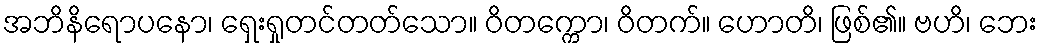
အဘိနိရောပနော၊ ရှေးရှုတင်တတ်သော။ ဝိတက္ကော၊ ဝိတက်။ ဟောတိ၊ ဖြစ်၏။ ဗဟိ၊ ဘေး